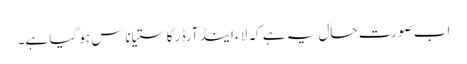
اب صورت حال یہ ہے کہ لاء اینڈ آرڈر کا ستیاناس ہو گیا ہے۔